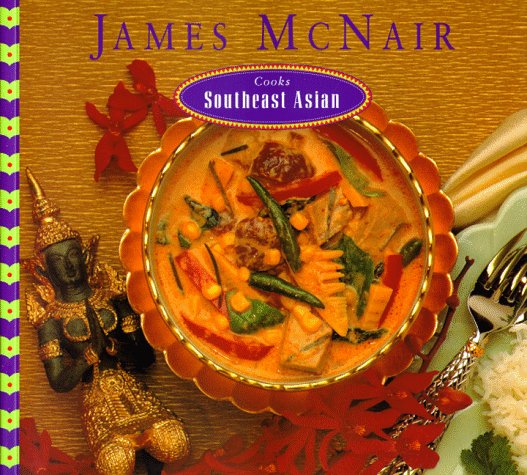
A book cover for James McNair Cooks Southeast Asian; James McNair; Cookbooks, Food & Wine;